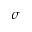
\boldsymbol { \sigma }